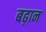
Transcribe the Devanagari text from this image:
बढ़ान